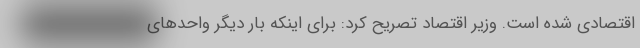
اقتصادی شده است. وزیر اقتصاد تصریح کرد: برای اینکه بار دیگر واحدهای